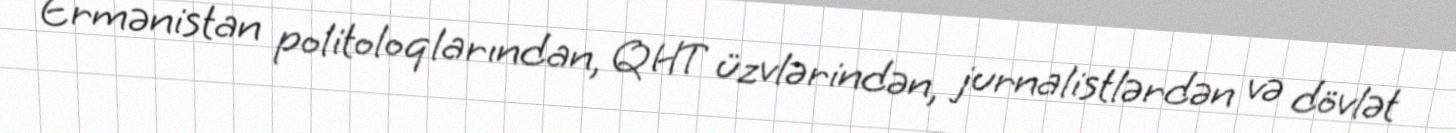
Ermənistan politoloqlarından, QHT üzvlərindən, jurnalistlərdən və dövlət